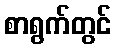
စာရွက်တွင်